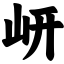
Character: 岍